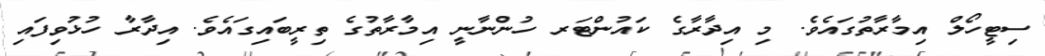
ސިޓީހޯލް އިމާރާތުގައެވެ. މި އިދާރާގެ ކައުންޓަރ ހުންނާނީ އިމާރާތުގެ ތިރީބައިގައެވެ. އިދާރާ ހުޅުވިފައި